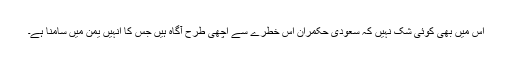
اس میں بھی کوئی شک نہیں کہ سعودی حکمران اس خطرے سے اچھی طرح آگاہ ہیں جس کا انہیں یمن میں سامنا ہے۔